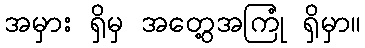
အမှား ရှိမှ အတွေ့အကြုံ ရှိမှာ။